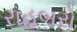
રાહબરો